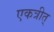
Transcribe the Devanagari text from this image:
एकत्रीत्